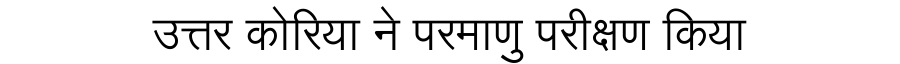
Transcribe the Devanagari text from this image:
उत्तर कोरिया ने परमाणु परीक्षण किया